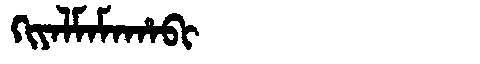
Manchu: ᡴᡳᠶᠠᠯᠮᠠᠮᠠᡥᠠᠪᡳ
Romanization: KIYALMAMAHABI